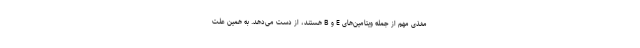
مغذی مهم از جمله ویتامین‌های E و B هستند، از دست می‌دهد. به همین علت